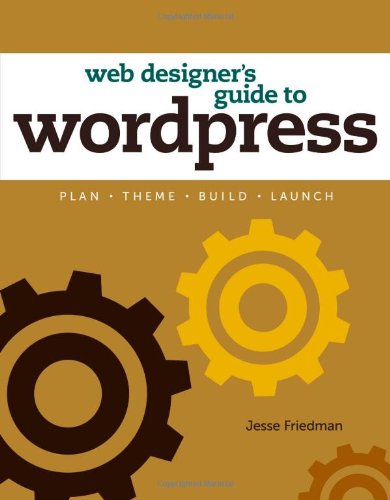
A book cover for Web Designer's Guide to WordPress: Plan, Theme, Build, Launch (Voices That Matter); Jesse Friedman; Computers & Technology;